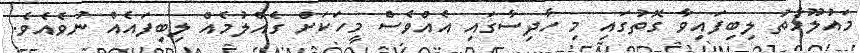
މައުލޫމާތު ލިބިފައިވާ ގޮތުގައި މި ހާދިސާގައި އެއްވެސް މީހަކަށް ގެއްލުމެއް ލިބިފައެއް ނުވެއެވެ.